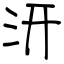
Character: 汧